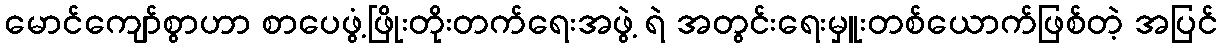
မောင်ကျော်စွာဟာ စာပေဖွံ့ဖြိုးတိုးတက်ရေးအဖွဲ့ ရဲ အတွင်းရေးမှူးတစ်ယောက်ဖြစ်တဲ့ အပြင်